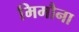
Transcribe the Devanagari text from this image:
मिमौना